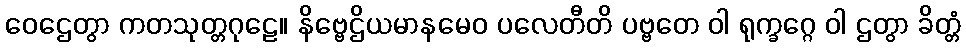
ဝေဌေတွာ ကတသုတ္တဂုဠေ။ နိဗ္ဗေဌိယမာနမေဝ ပလေတီတိ ပဗ္ဗတေ ဝါ ရုက္ခဂ္ဂေ ဝါ ဌတွာ ခိတ္တံ